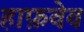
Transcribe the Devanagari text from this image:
हाफ़वेव